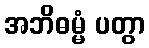
အဘိဓမ္မံ ပတွာ